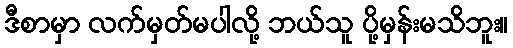
ဒီစာမှာ လက်မှတ်မပါလို့ ဘယ်သူ ပို့မှန်းမသိဘူး။